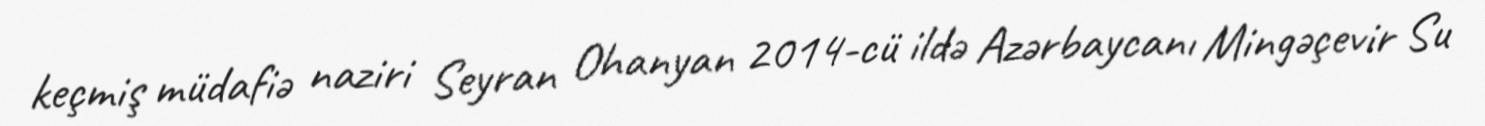
keçmiş müdafiə naziri Seyran Ohanyan 2014-cü ildə Azərbaycanı Mingəçevir Su